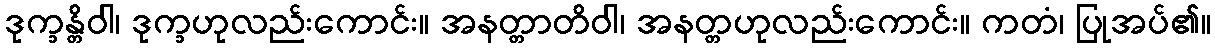
ဒုက္ခန္တိဝါ၊ ဒုက္ခဟုလည်းကောင်း။ အနတ္တာတိဝါ၊ အနတ္တဟုလည်းကောင်း။ ကတံ၊ ပြုအပ်၏။